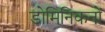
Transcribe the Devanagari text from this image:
डोमिनिकनों